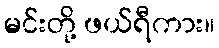
မင်းတို့ ဖယ်ရီကား။